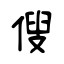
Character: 傁